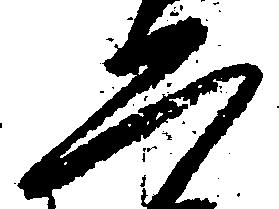
二